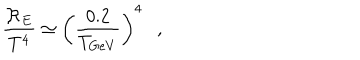
\frac { { \cal R } _ { E } } { T ^ { 4 } } \simeq \left( \frac { 0 . 2 } { T _ { G e V } } \right) ^ { 4 } ,